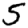
Digit: 5